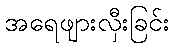
အရေဖျားလှီးခြင်း